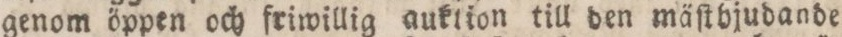
genom öppen och friwillig auklion till den mäſtbjudande